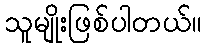
သူမျိုးဖြစ်ပါတယ်။